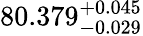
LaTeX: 80.379_{-0.029}^{+0.045}